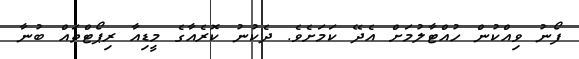
ފޯނު ވިއްކުން ހުއްޓާލުމަށް އެދޭ ކަމަށެވެ. ދެކުނު ކޮރެއާގެ މީޑިއާ ރިޕޯޓްތައް ބުނާ